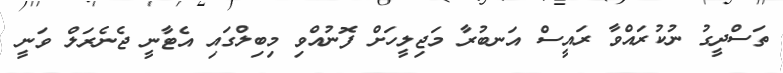
ތަސްދީގު ނުކުރައްވާ ރައީސް އަނބުރާ މަޖިލީހަށް ފޮނުއްވި މިބިލްގައި އެޓާނީ ޖެނެރަލް ވަނީ